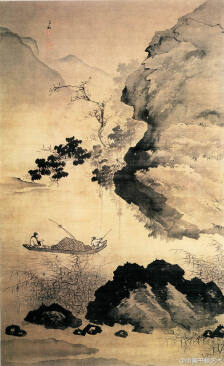
河水萦带，群山纠纷。